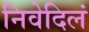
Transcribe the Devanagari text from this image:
निवेदिलं